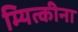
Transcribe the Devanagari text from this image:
म्यित्कीना